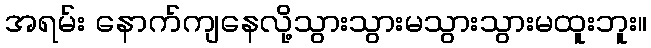
အရမ်း နောက်ကျနေလို့သွားသွားမသွားသွားမထူးဘူး။